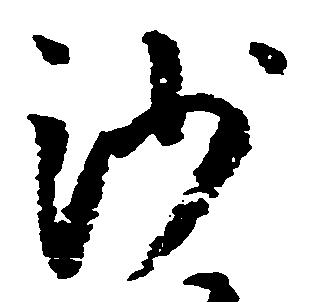
沙